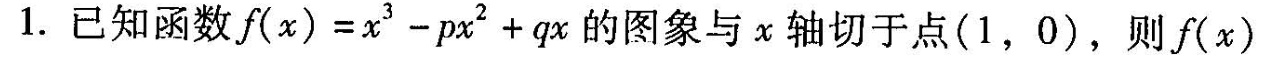
1.已知函数f(x)=x^{3}-px^{2}+qx的图象与x轴切于点(1，0)，则f(x)